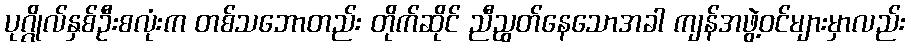
ပုဂ္ဂိုလ်နှစ်ဦးစလုံးက တစ်သဘောတည်း တိုက်ဆိုင် ညီညွတ်နေသောအခါ ကျန်အဖွဲ့ဝင်များမှာလည်း